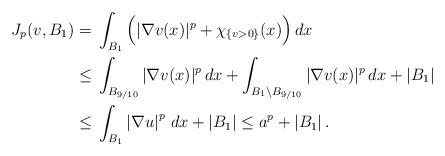
LaTeX: \begin{align*}J_p(v,B_1) =\;& \int_{B_1}\Big( |\nabla v(x)|^p+\chi_{\{v>0\}}(x)\Big)\,dx\\ \le\;&\int_{B_{9/10}}|\nabla v(x)|^p\,dx +\int_{B_1\setminus B_{9/10}}|\nabla v(x)|^p\,dx+|B_1|\\ \le\;&\int_{B_1}\left|\nabla u\right|^p\,dx+\left|B_1\right|\le a^p+\left|B_1\right|.\end{align*}